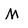
Character: M